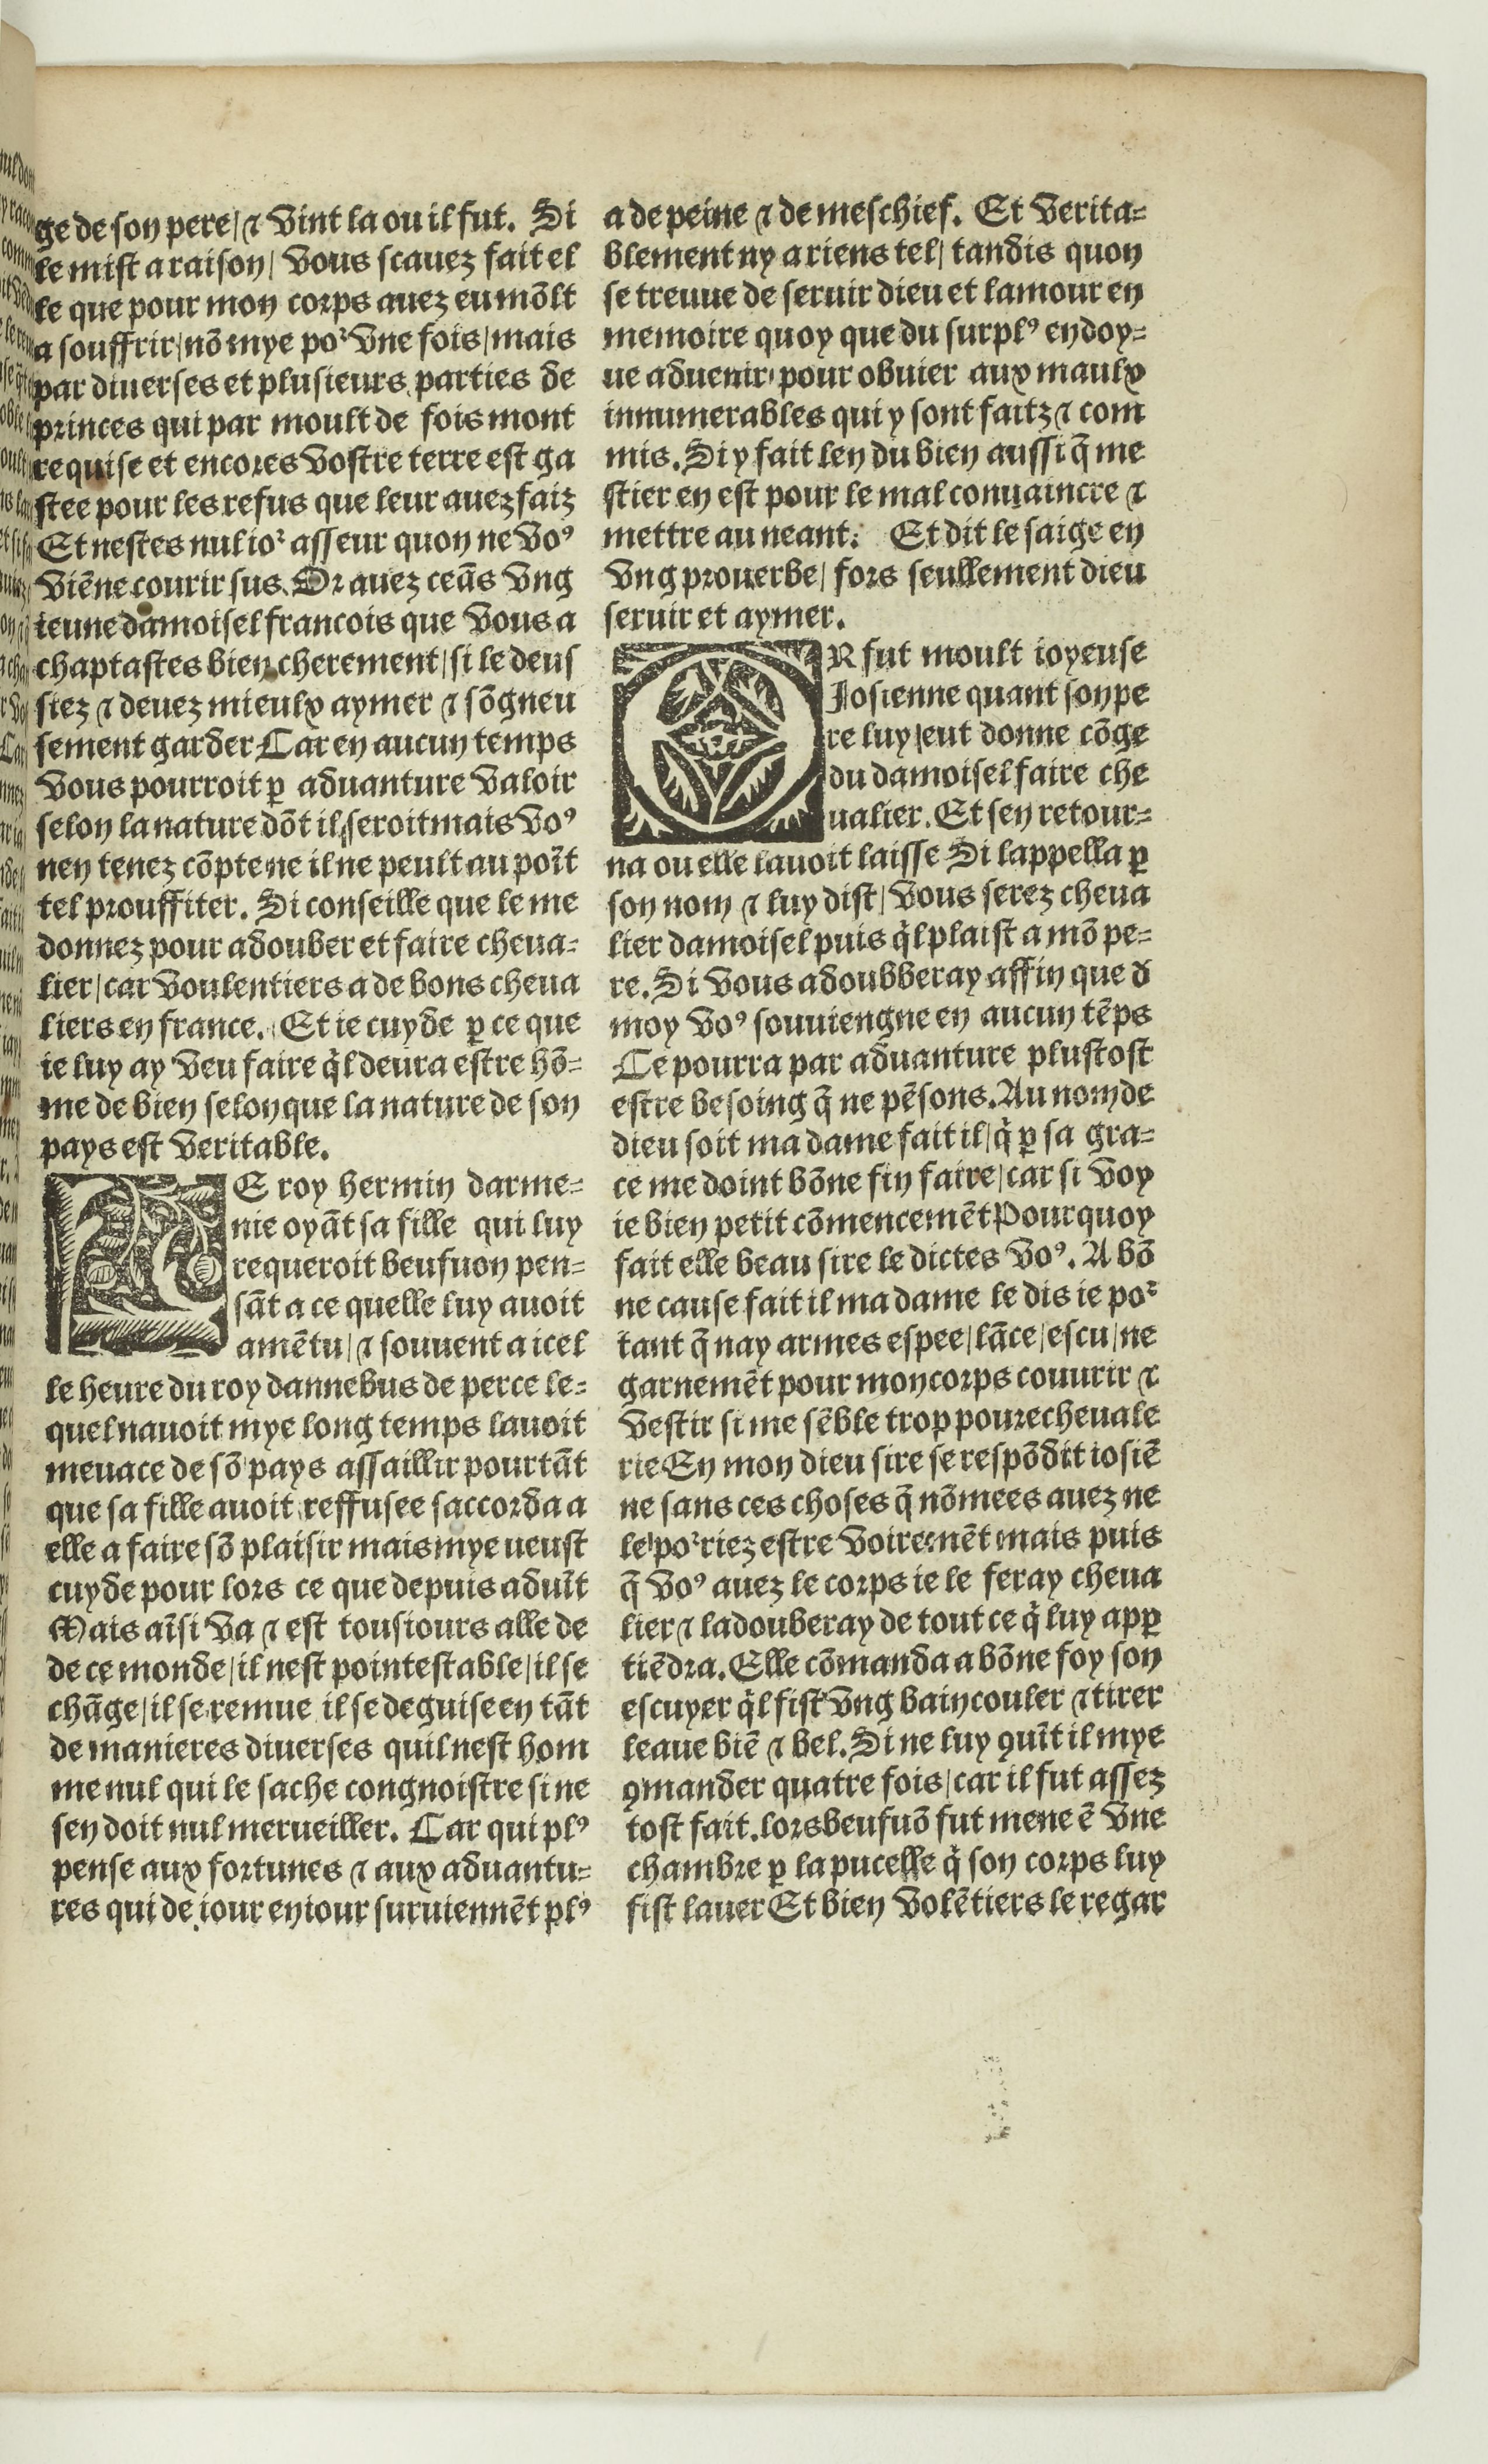
Shelfmark: Paris, BnF, Rés. Y2-674
Century: 16